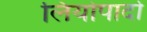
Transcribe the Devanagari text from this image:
लियोपार्दो